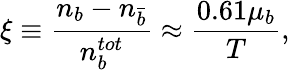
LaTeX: \xi\equiv{\frac{n_{b}-n_{\bar{b}}}{n_{b}^{tot}}}\approx{\frac{0.61\mu_{b}}{T}},